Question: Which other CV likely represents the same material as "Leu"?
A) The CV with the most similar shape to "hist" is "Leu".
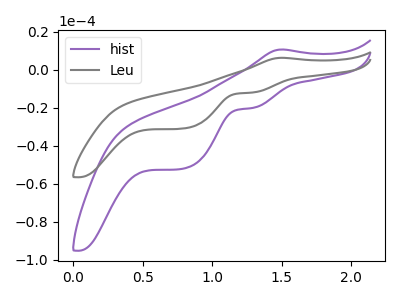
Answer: <think>The purple curve "hist" has an anodic peak at (1.50V, 10.75uA) and cathodic peaks at (1.30V, -20.05uA) (0.80V, -52.00uA). The gray curve "Leu" has an anodic peak at (1.50V, 6.40uA) and cathodic peaks at (1.30V, -11.90uA) (0.80V, -30.85uA).
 All the peaks in "hist" have a peak in "Leu" at the same potential. Every peak in "hist" is higher than every peak in "Leu".</think>
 <answer>A) The CV with the most similar shape to "hist" is "Leu".</answer>
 <eval>A</eval>